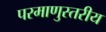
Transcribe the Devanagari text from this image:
परमाणुस्तरीय